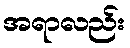
အရာလည်း